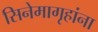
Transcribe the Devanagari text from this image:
सिनेमागृहांना